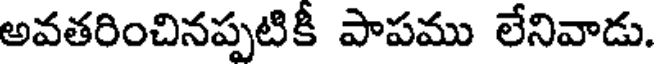
అవతరించినప్పటికీ పాపము లేనివాడు.